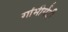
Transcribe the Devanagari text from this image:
गांभीर्यही